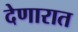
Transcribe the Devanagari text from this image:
देणारात